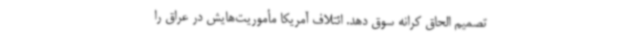
تصمیم الحاق کرانه سوق دهد. ائتلاف آمریکا مأموریت‌هایش در عراق را